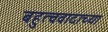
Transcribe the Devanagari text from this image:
बहुत्ववादाच्या